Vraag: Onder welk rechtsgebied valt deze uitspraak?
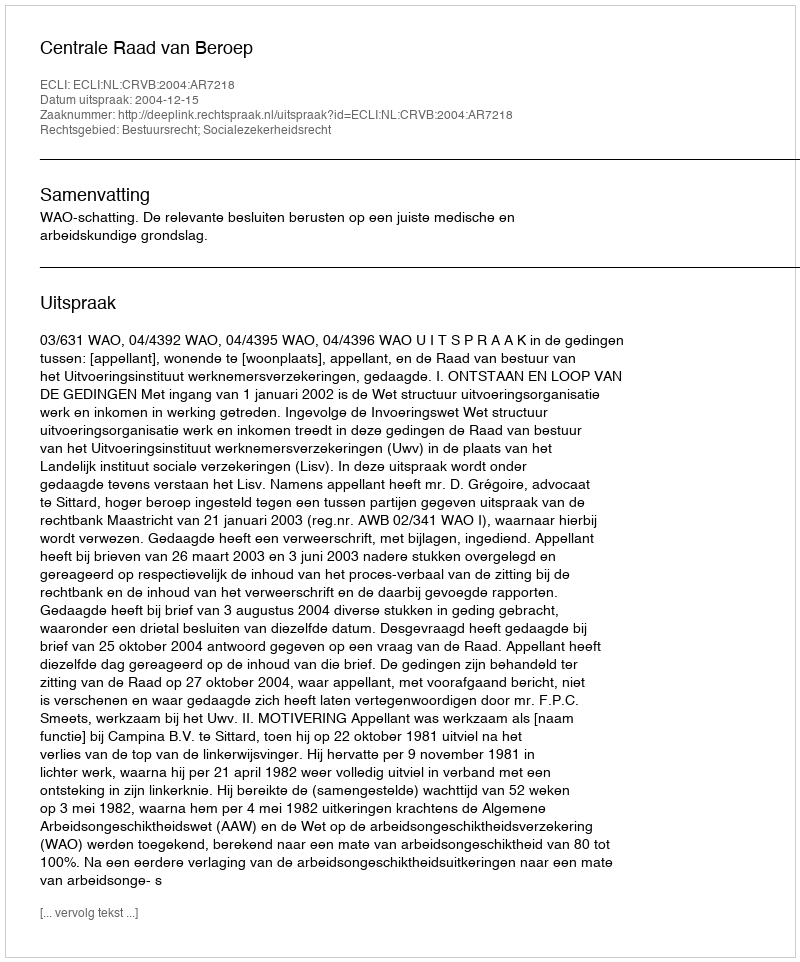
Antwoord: Bestuursrecht; Socialezekerheidsrecht